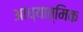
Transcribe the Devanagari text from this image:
आध्‍यात्मिक